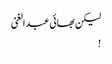
لیکن بھائی عبدالغنی
!